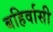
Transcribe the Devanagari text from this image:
बहिर्वासी